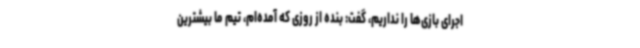
اجرای بازی‌ها را نداریم، گفت: بنده از روزی که آمده‌ام، تیم ما بیشترین